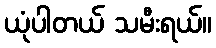
ယုံပါတယ် သမီးရယ်။